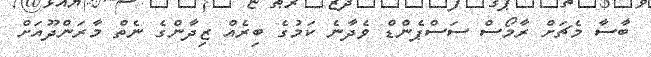
ބާސާ މެޗަށް ރާމޯސް ސަސްޕެންޑް ވެދާނެ ކަމުގެ ބިރެއް ޒިދާންގެ ނެތް މާރަންދޫއަށް